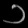
Digit: ၁